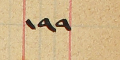
١٩٩